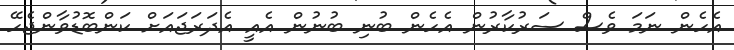
އެހެން ނަމަ ވެސް ސަރުކާރުން އެހެން ބުނި ބުނުން އެއީ އެދަރަޖައަށް ކަންބޮޑުވާންޖެހޭ